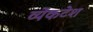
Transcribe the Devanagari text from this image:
व्येंकटेश